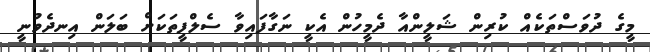
މީގެ ދުވަސްތަކެއް ކުރިން ޝަލީންއާ ދެމީހުން އެކީ ނަގާފައިވާ ސެލްފީތަކަށް ބަލަން އިނދެވުނީ